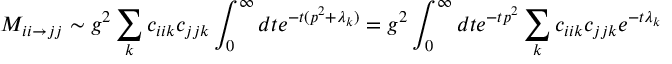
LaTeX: { \cal M } _ { i i \rightarrow j j } \sim g ^ { 2 } \sum _ { k } c _ { i i k } c _ { j j k } \int _ { 0 } ^ { \infty } d t e ^ { - t ( p ^ { 2 } + \lambda _ { k } ) } = g ^ { 2 } \int _ { 0 } ^ { \infty } d t e ^ { - t p ^ { 2 } } \sum _ { k } c _ { i i k } c _ { j j k } e ^ { - t \lambda _ { k } }